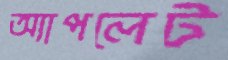
অ্যাপলেট